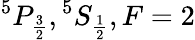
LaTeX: ^{5}P_{\frac{3}{2}},{}^{5}S_{\frac{1}{2}},F=2